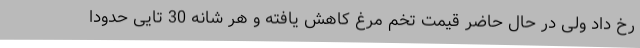
رخ داد ولی در حال حاضر قیمت تخم مرغ کاهش یافته و هر شانه 30 تایی حدودا